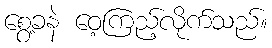
စွေ့ခနဲ ဝေ့ကြည့်လိုက်သည်။